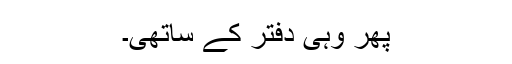
پھر وہی دفتر کے ساتھی۔